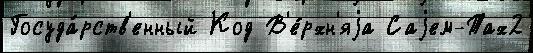
Госуда́рств'енный Код В'е́рхн'яjа Саjем-Тах2